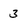
Character: 3